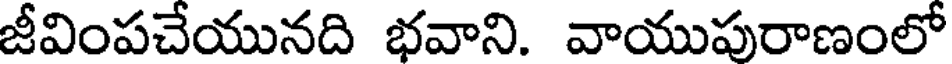
జీవింపచేయునది భవాని. వాయుపురాణంలో